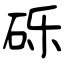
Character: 砾